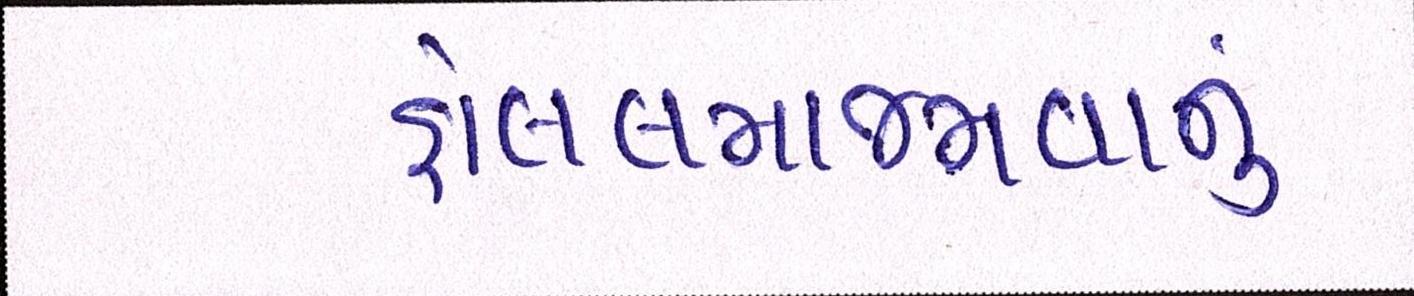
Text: હોટલમાજમવાનું